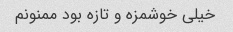
خیلی خوشمزه و تازه بود ممنونم